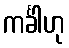
ကင်္ခါဟု